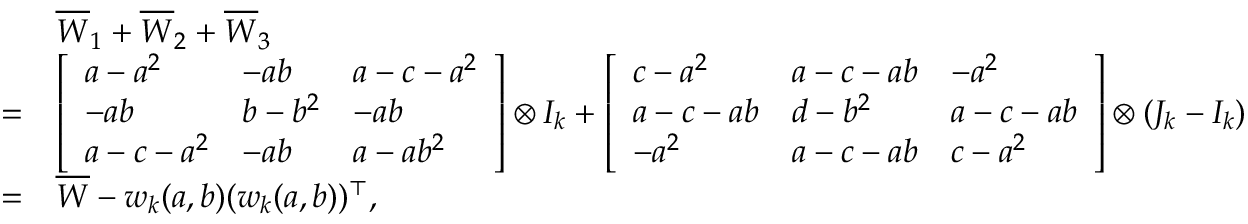
\begin{array} { r l } & { \overline { { W } } _ { 1 } + \overline { { W } } _ { 2 } + \overline { { W } } _ { 3 } } \\ { = } & { \left[ \begin{array} { l l l } { a - a ^ { 2 } } & { - a b } & { a - c - a ^ { 2 } } \\ { - a b } & { b - b ^ { 2 } } & { - a b } \\ { a - c - a ^ { 2 } } & { - a b } & { a - a b ^ { 2 } } \end{array} \right] \otimes I _ { k } + \left[ \begin{array} { l l l } { c - a ^ { 2 } } & { a - c - a b } & { - a ^ { 2 } } \\ { a - c - a b } & { d - b ^ { 2 } } & { a - c - a b } \\ { - a ^ { 2 } } & { a - c - a b } & { c - a ^ { 2 } } \end{array} \right] \otimes ( J _ { k } - I _ { k } ) } \\ { = } & { \overline { { W } } - w _ { k } ( a , b ) ( w _ { k } ( a , b ) ) ^ { \top } , } \end{array}